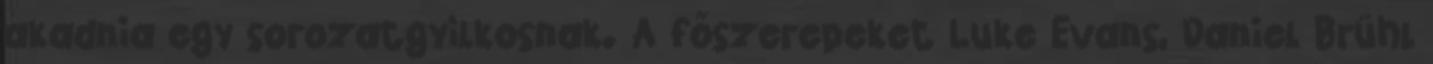
akadnia egy sorozatgyilkosnak. A főszerepeket Luke Evans, Daniel Brühl